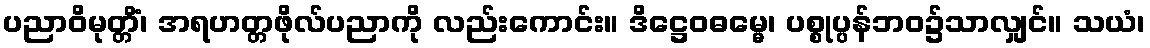
ပညာဝိမုတ္တိံ၊ အရဟတ္တဖိုလ်ပညာကို လည်းကောင်း။ ဒိဋ္ဌေဝဓမ္မေ၊ ပစ္စုပ္ပန်ဘဝ၌သာလျှင်။ သယံ၊